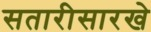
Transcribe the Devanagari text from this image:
सतारीसारखे